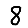
Digit: 8